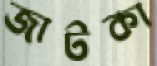
জাটকা